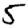
Digit: 5